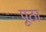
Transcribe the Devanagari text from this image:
पूठा